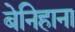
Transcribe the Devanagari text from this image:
बेनिहाना